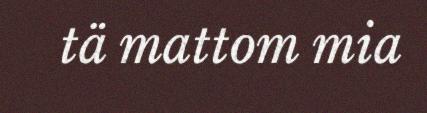
tä mattom mia